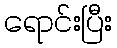
ရောင်းပြီး